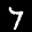
Label: 7